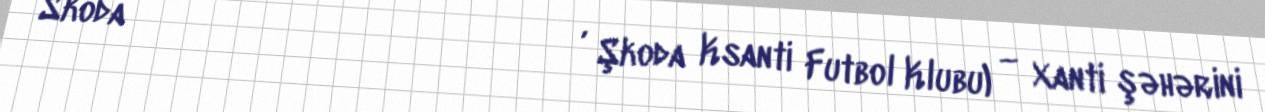
Skoda Ξάνθη Αθλητικός Όμιλος, Şkoda Ksanti Futbol Klubu) — Xanti şəhərini